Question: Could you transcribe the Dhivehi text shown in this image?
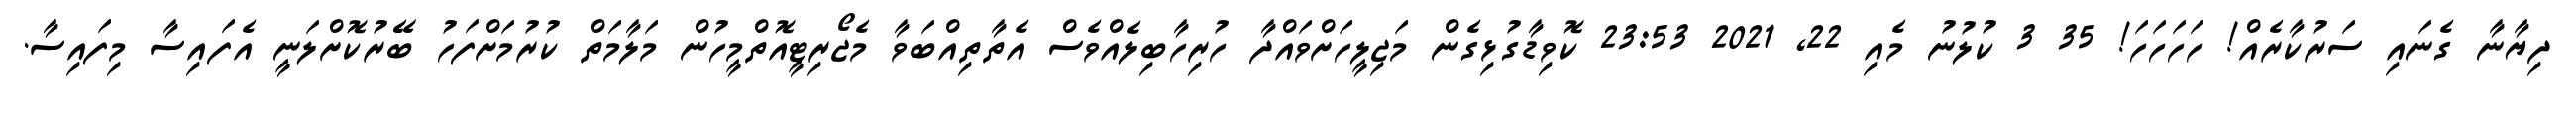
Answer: ދިޔާނާ ގެނައި ސަރުކާރެއް! ހަހަހަހަ! 35 3 ކުލުނު މެއި 22, 2021 23:53 ކޮވިޑާގުޅިގެން މަޖިލީހަށްވައްދާ ހުރިހާބިލެއްވެސް އެތާތިއްބަވާ މެޖޯރިޓީއޮތްމީހުން މަލާމަތް ކުރުމަށްފަހު ބޭރުކޮށްލަނީ އެފައިސާ މިފައިސާ.